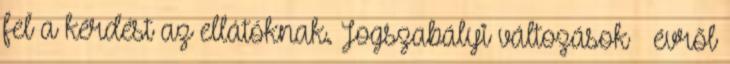
fel a kérdést az ellátóknak. Jogszabályi változások – évről